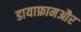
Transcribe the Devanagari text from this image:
डायाफ्रामऔर